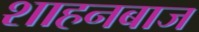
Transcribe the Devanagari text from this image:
शाहनबाज